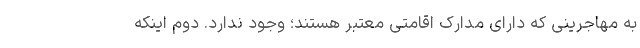
به مهاجرینی که دارای مدارک اقامتی معتبر هستند؛ وجود ندارد. دوم اینکه